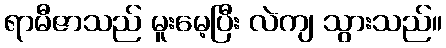
ရာမီဇာသည် မူးမေ့ပြီး လဲကျ သွားသည်။